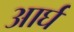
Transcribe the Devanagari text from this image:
आर्घ